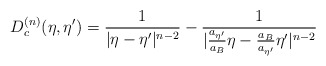
\begin{align*}D_{c}^{(n)}(\eta,{\eta}') = \frac{1}{|{\eta}-{\eta}'|^{n-2}} - \frac{1}{|\frac{a_{{\eta}'}}{a_B}{\eta}-\frac{a_B}{a_{{\eta}'}}{\eta}'|^{n-2}}\end{align*}